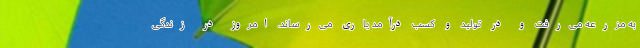
به مزرعه می‌رفت و در تولید و کسب درآمد یاری می‌رساند. امروز در زندگی